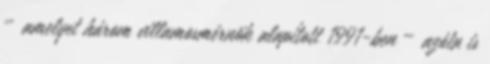
– amelyet három villamosmérnök alapított 1991-ben – azóta is